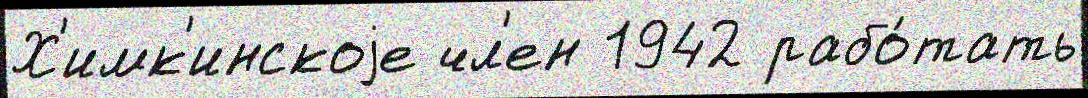
Х'имк'инскоjе чл'ен 1942 рабо́тать